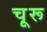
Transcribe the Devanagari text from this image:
चू़रू